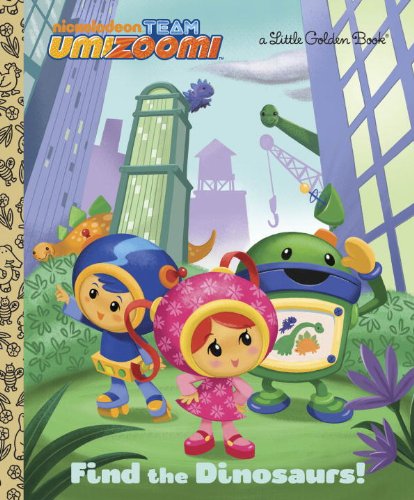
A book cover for Find the Dinosaurs! (Team Umizoomi) (Little Golden Book); Golden Books; Children's Books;